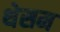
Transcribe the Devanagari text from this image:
थेसम